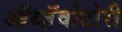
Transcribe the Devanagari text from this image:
ऑब्ज़ॅर्वाटोरी